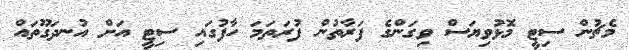
މެޗުން ސިޓީ މޮޅުވިޔަސް ވިގަންގެ ފަރާތުން ފުރަތަމަ ހާފުގައި ސިޓީ އަށް އުނދަގޫތައް